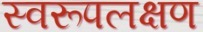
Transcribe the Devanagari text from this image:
स्वरूपलक्षण